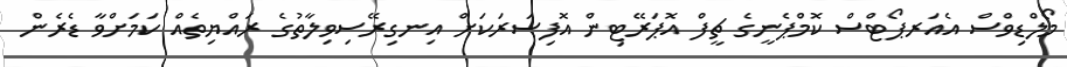
މޯލްޑިވްސް އެއަރޕޯޓްސް ކޮމްޕެނީގެ ޗީފް އޮޕަރޭޓިން އޮފިސަރަކަށް އިނގިރޭސިވިލާތުގެ ރައްޔިތެއް ކަމަށްވާ ޑެރެން